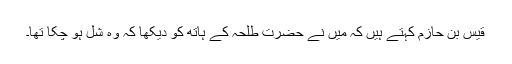
قیس بن حازم کہتے ہیں کہ میں نے حضرت طلحہ کے ہاتھ کو دیکھا کہ وہ شل ہو چکا تھا۔